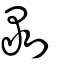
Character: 剥